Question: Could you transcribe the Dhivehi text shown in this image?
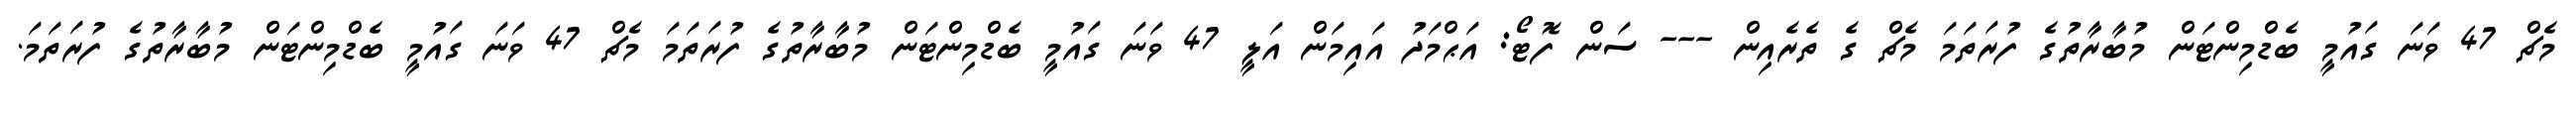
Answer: މެޗް 47 ވަނަ ގައުމީ ބެޑްމިންޓަން މުބާރާތުގެ ފުރަތަމަ މެޗް ގެ ތެރެއިން --- ސަން ފޮޓޯ: އަޙްމަދު އައިމަން އަލީ 47 ވަނަ ގައުމީ ބެޑްމިންޓަން މުބާރާތުގެ ފުރަތަމަ މެޗް 47 ވަނަ ގައުމީ ބެޑްމިންޓަން މުބާރާތުގެ ފުރަތަމަ.